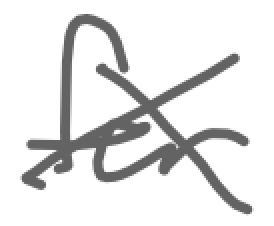
Text: for
Cross-out: cross
Writing tool: digital_gray